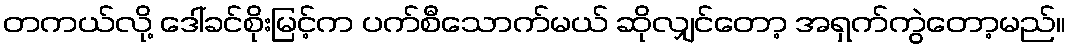
တကယ်လို့ ဒေါ်ခင်စိုးမြင့်က ပက်စီသောက်မယ် ဆိုလျှင်တော့ အရှက်ကွဲတော့မည်။